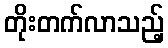
တိုးတက်လာသည့်